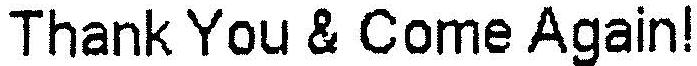
THANK YOU & COME AGAIN!